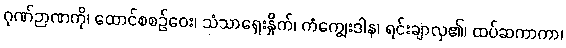
ဂုဏ်ဉာဏကို၊ ထောင်စစဉ်ဝေး၊ သံသာရှေးနှိုက်၊ ကံကျွေးဒါန၊ ရင်းချာလှ၏၊ ထပ်ဆကာကာ၊